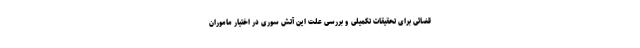
قضائی برای تحقیقات تکمیلی و بررسی علت این آتش سوری در اختیار ماموران